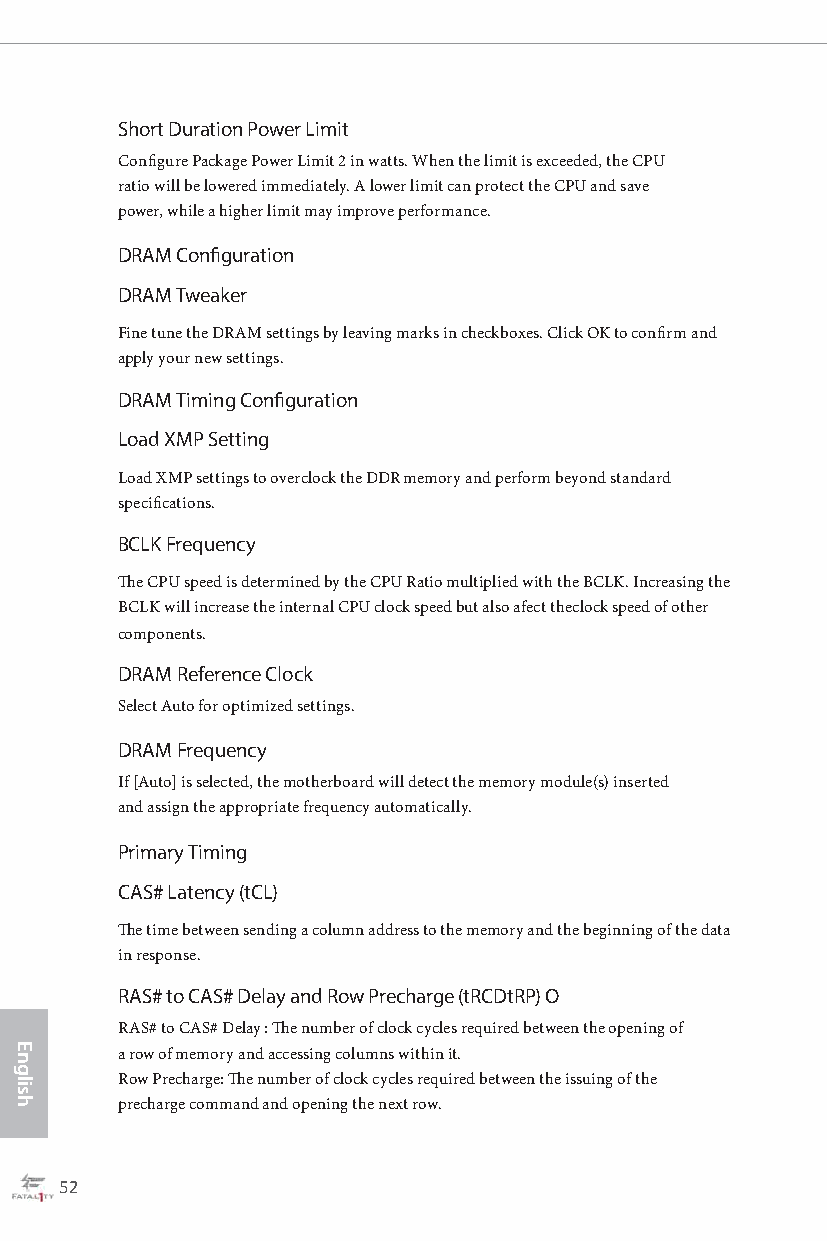
Short Duration Power Limit
 Configure Package Power Limit 2 in watts. When the limit is exceeded, the CPU
 ratio will be lowered immediately. A lower limit can protect the CPU and save
 power, while a higher limit may improve performance.
 DRAM Configuration
 DRAM Tweaker
 Fine tune the DRAM settings by leaving marks in checkboxes. Click OK to confirm and
 apply your new settings.
 DRAM Timing Configuration
 Load XMP Setting
 Load XMP settings to overclock the DDR memory and perform beyond standard
 specifications.
 BCLK Frequency
 The CPU speed is determined by the CPU Ratio multiplied with the BCLK. Increasing the
 BCLK will increase the internal CPU clock speed but also afect theclock speed of other
 components.
 DRAM Reference Clock
 Select Auto for optimized settings.
 DRAM Frequency
 If [Auto] is selected, the motherboard will detect the memory module(s) inserted
 and assign the appropriate frequency automatically.
 Primary Timing
 CAS# Latency (tCL)
 The time between sending a column address to the memory and the beginning of the data
 in response.
 RAS# to CAS# Delay and Row Precharge (tRCDtRP) O
 RAS# to CAS# Delay : The number of clock cycles required between the opening of
 a row of memory and accessing columns within it.
 Row Precharge: The number of clock cycles required between the issuing of the
 precharge command and opening the next row.
 52                                                                                                  53
 English